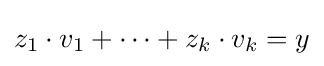
z_{1}\cdot v_{1}+\cdots +z_{k}\cdot v_{k}=y